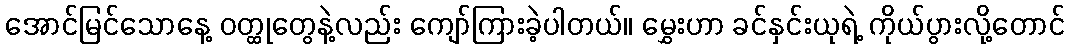
အောင်မြင်သောနေ့ ဝတ္ထုတွေနဲ့လည်း ကျော်ကြားခဲ့ပါတယ်။ မွှေးဟာ ခင်နှင်းယုရဲ့ ကိုယ်ပွားလို့တောင်